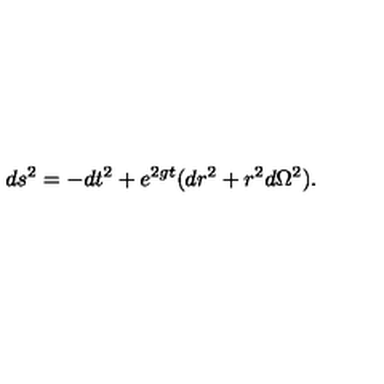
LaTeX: d s ^ { 2 } = - d t ^ { 2 } + e ^ { 2 g t } ( d r ^ { 2 } + r ^ { 2 } d \Omega ^ { 2 } ) .